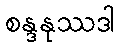
စန္ဒနုဿဒါ